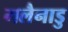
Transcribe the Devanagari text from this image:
मलैनाडु